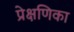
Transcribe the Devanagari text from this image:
प्रेक्षणिका